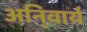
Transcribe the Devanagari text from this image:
अनि्वार्य